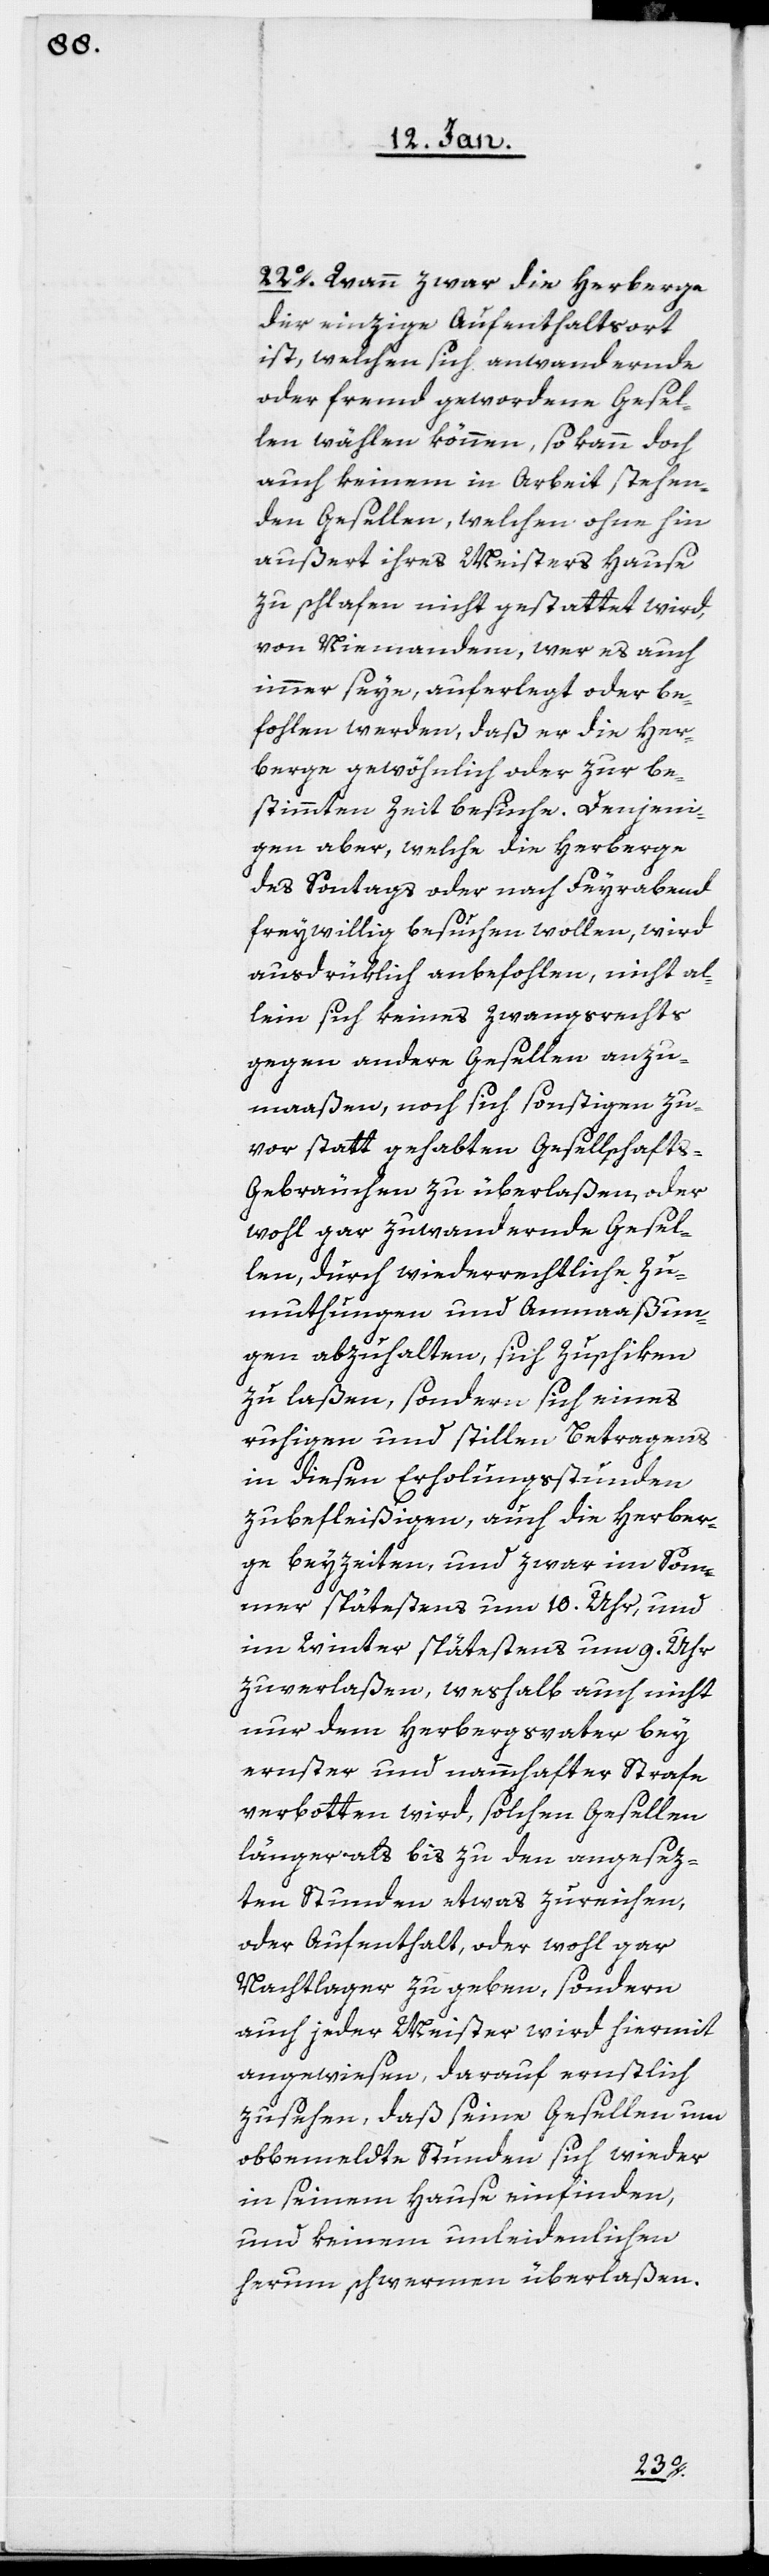
22o. Wann zwar die Herberge
der einzige Aufenthaltsort
ist, welchen sich anwandernde
oder fremd gewordene Gesel¬
len wählen können, so kann doch
auch keinem in Arbeit stehen¬
den Gesellen, welchen ohne hin
außert ihres Meisters Hause
zu schlafen nicht gestattet wird,
von Niemandem, wer es auch
immer seye, auferlegt oder be¬
fohlen werden, daß er die Her¬
berge gewöhnlich oder zur be¬
stimmten Zeit besuche. Denjeni¬
gen aber, welche die Herberge
des Sontags oder nach Feyerabend
freywillig besuchen wollen, wird
ausdrüklich anbefohlen, nicht al¬
lein sich keines zwangsrechts
gegen andere Gesellen anzu¬
maaßen, noch sich sonstigen zu¬
vor statt gehabten Gesellschafts-G¬
ebräuchen zu überlaßen, oder
wohl gar zuwandernde Gesel¬
len, durch widerrechtliche Zu¬
muthungen und Anmaaßun¬
gen abzuhalten, sich zuschiken
zu laßen, sondern sich eines
ruhigen und stillen Betragens
in diesen Erholungsstunden
zu befleißigen, auch die Herber¬
ge beyzeiten, und zwar im Som¬
mer spätestens um 10. Uhr, und
im Winter spätestens um 9. Uhr
zuverlaßen, weshalb auch nicht
nur dem Herbergsvater bey
ernster und nammhafter Strafe
verbotten wird, solchen Gesellen
länger als bis zu den angesez¬
ten Stunden etwas zureichen,
oder Aufenthalt, oder wohl gar
Nachtlager zu geben, sondern
auch jeder Meister wird hiermit
angewiesen, darauf ernstlich
zu sehen, daß seine Gesellen um
obbemeldte Stunden sich wieder
in seinem Hause einfinden,
und keinem unleidenlichen
herum schwermen überlaßen.